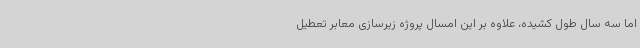
اما سه سال طول کشیده، علاوه بر این امسال پروژه زیرسازی معابر تعطیل